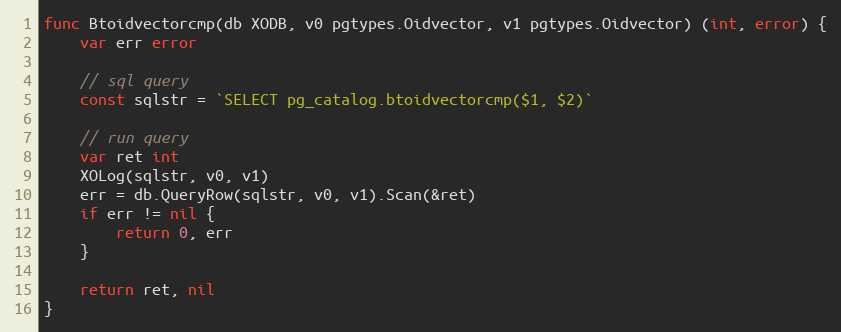
Language: Go
func Btoidvectorcmp(db XODB, v0 pgtypes.Oidvector, v1 pgtypes.Oidvector) (int, error) {
	var err error

	// sql query
	const sqlstr = `SELECT pg_catalog.btoidvectorcmp($1, $2)`

	// run query
	var ret int
	XOLog(sqlstr, v0, v1)
	err = db.QueryRow(sqlstr, v0, v1).Scan(&ret)
	if err != nil {
		return 0, err
	}

	return ret, nil
}